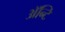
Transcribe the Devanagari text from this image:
अॅन्टि